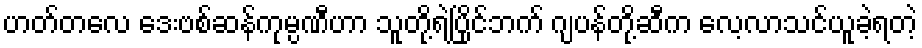
ဟတ်တလေ ဒေးဗစ်ဆန်ကုမ္ပဏီဟာ သူတို့ရဲ့ပြိုင်ဘက် ဂျပန်တို့ဆီက လေ့လာသင်ယူခဲ့ရတဲ့